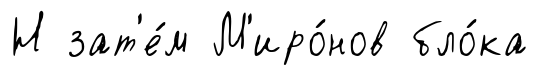
Н зат'е́м М'иро́нов бло́ка